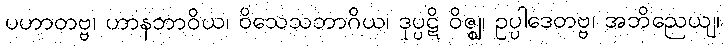
ပဟာတဗ္ဗ၊ ဟာနဘာဝိယ၊ ဝိသေသဘာဂိယ၊ ဒုပ္ပဋိ ဝိဇ္ဈ၊ ဥပ္ပါဒေတဗ္ဗ၊ အဘိညေယျ၊